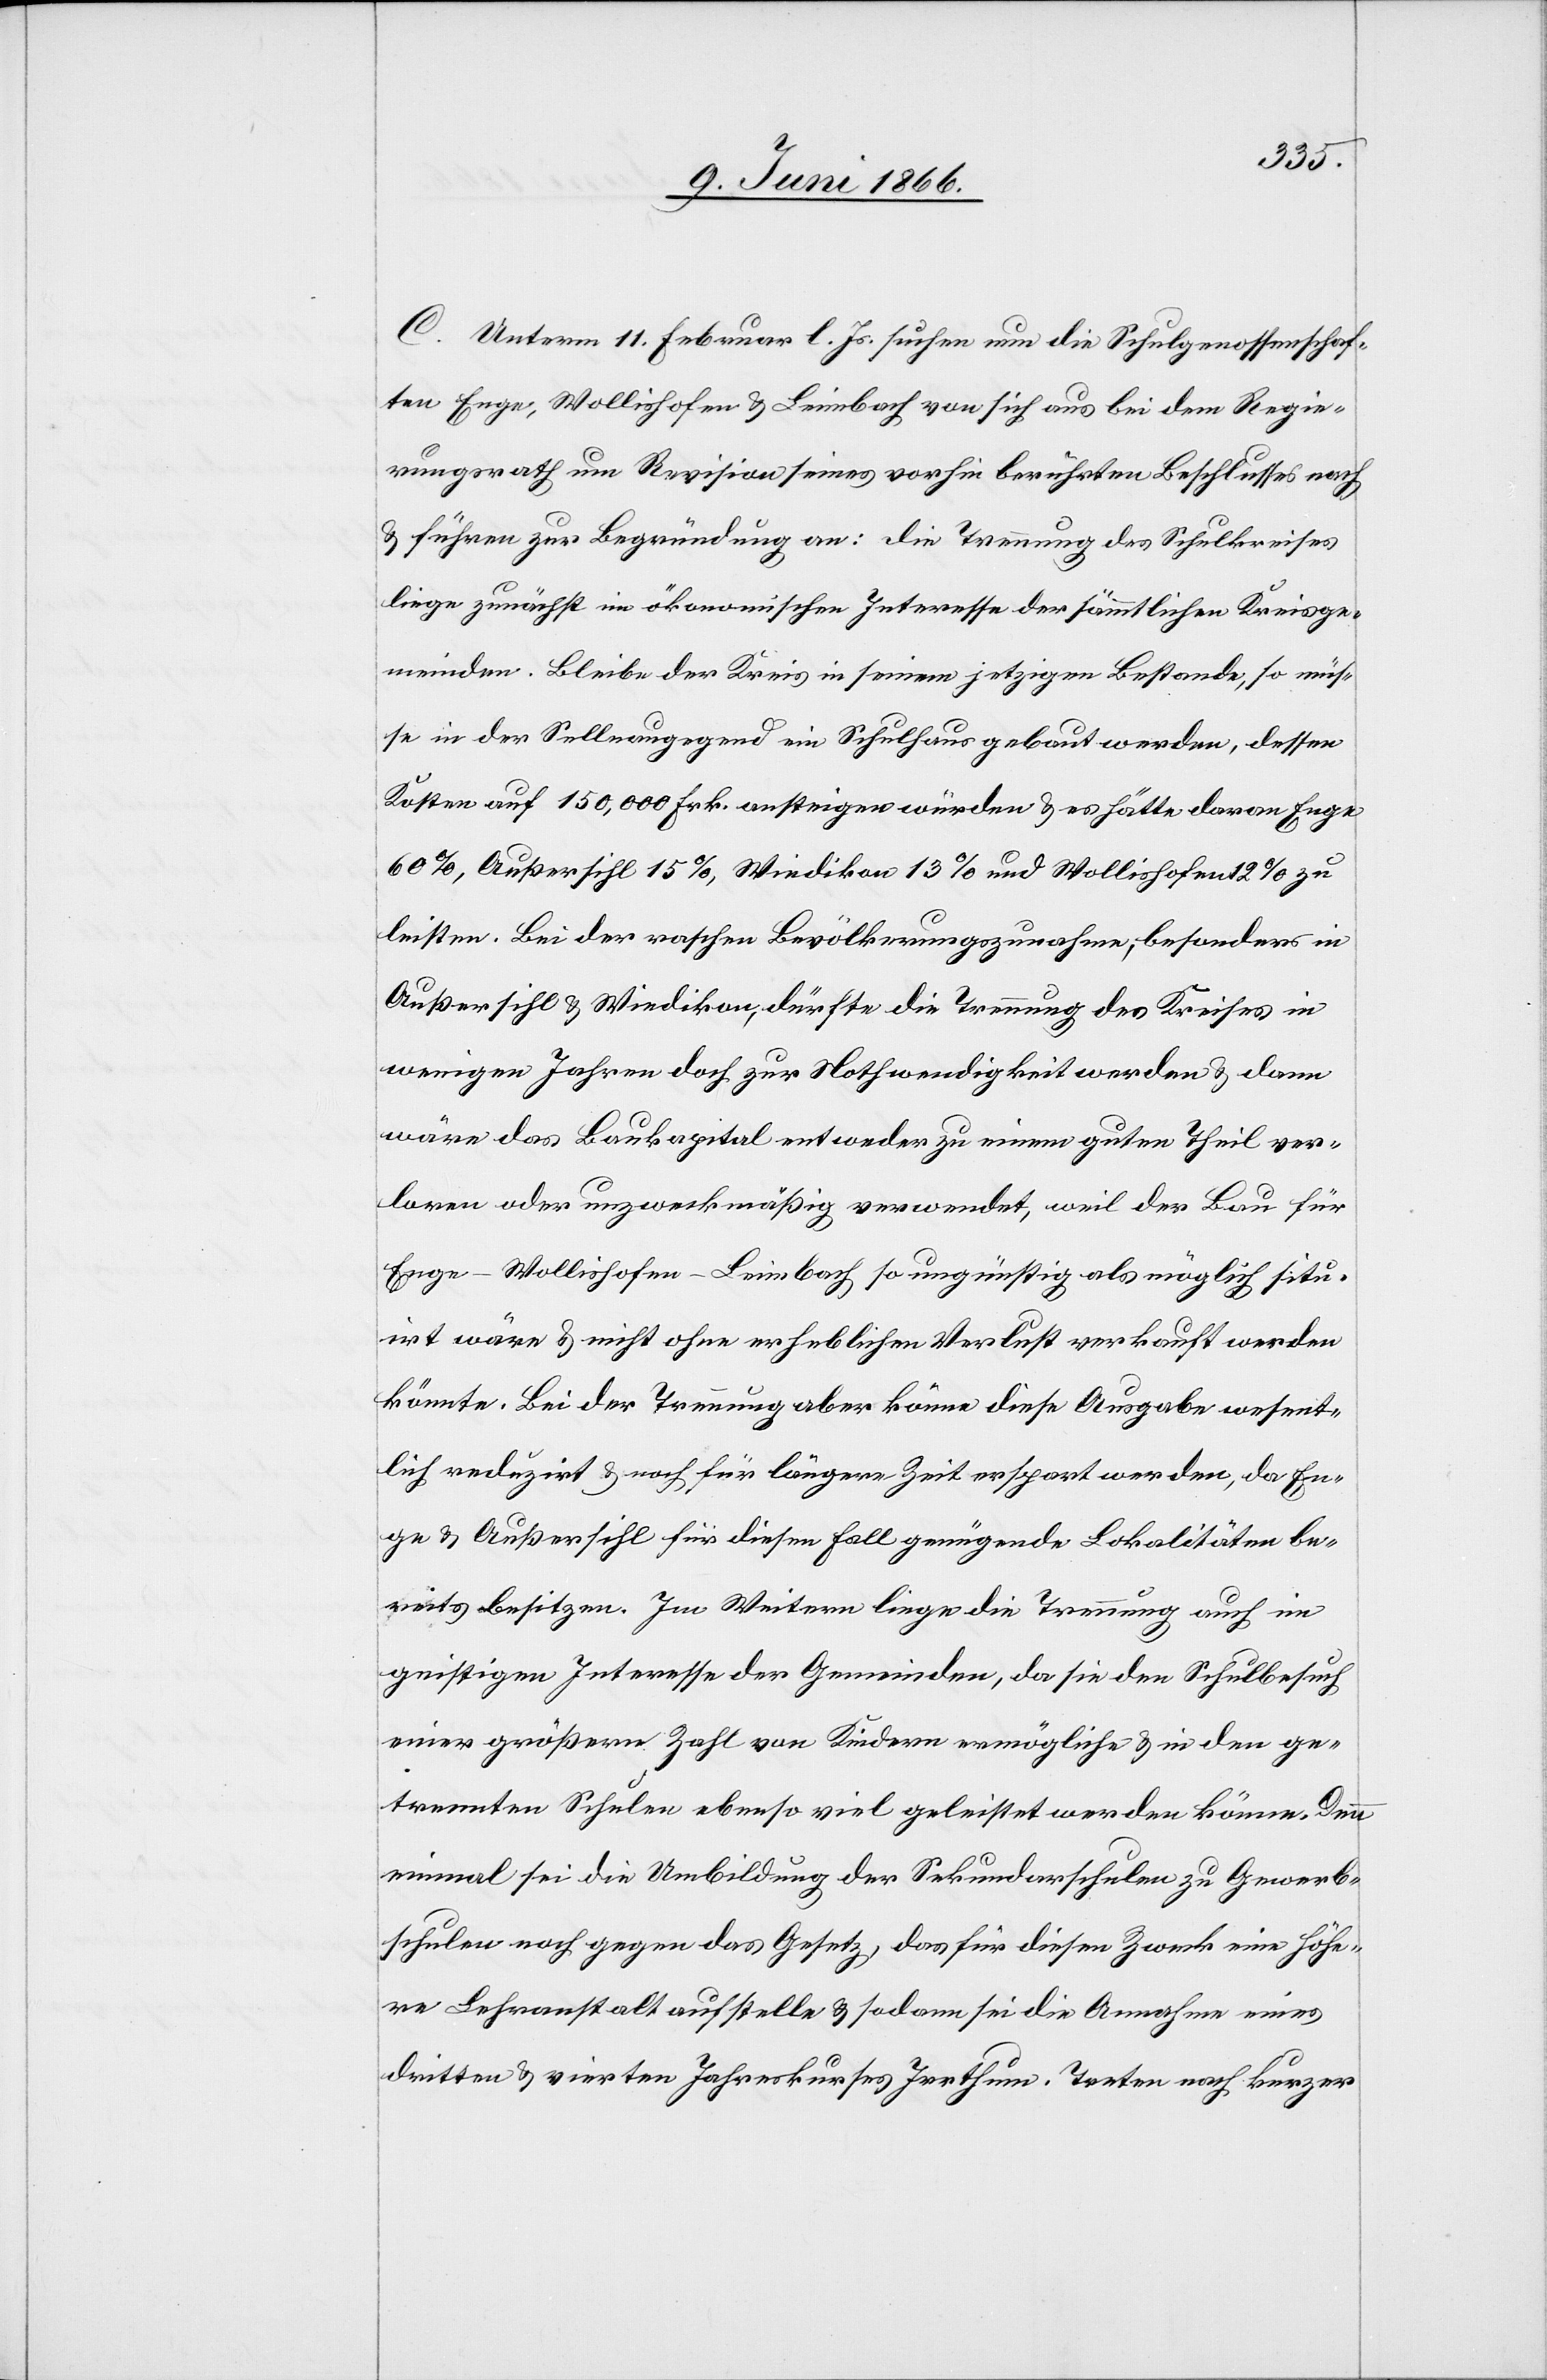
C. Unterm 11. Februar l. Js. suchen nun die Schulgenossenschaf¬
ten Enge, Wollishofen u. Leimbach von sich aus bei dem Regie¬
rungsrath um Revision seines vorhin berührten Beschlusses nach
u. führen zur Begründung an: die Trennung des Schulkreises
liege zunächst im ökonomischen Interesse der sämmtlichen Kreisge¬
meinden. Bleibe der Kreis in seinem jetzigen Bestande, so müs¬
se in der Sellnaugegend ein Schulhaus gebaut werden, dessen
Kosten auf 150 000 Frk. ansteigen würden u. es hätte davon Enge
60 %, Außersihl 15 %, Wiedikon 13 % und Wollishofen 12 % zu
leisten. Bei der raschen Bevölkerungszunahme, besonders in
Außersihl u. Wiedikon, dürfte die Trennung des Kreises in
wenigen Jahren doch zur Nothwendigkeit werden u. dann
wäre das Baukapital entweder zu einem guten Theil ver¬
loren oder unzweckmäßig verwendet, weil der Bau für
Enge-Wollishofen-Leimbach so ungünstig als möglich situ¬
irt wäre u. nicht ohne erheblichen Verlust verkauft werden
könnte. Bei der Trennung aber könne diese Ausgabe wesent¬
lich reduzirt u. noch für längere Zeit erspart werden, da En¬
ge u. Außersihl für diesen Fall genügende Lokalitäten be¬
reits besitzen. Im Weitern liege die Trennung auch im
geistigen Interesse der Gemeinden, da sie den Schulbesuch
einer größern Zahl von Kindern ermögliche u. in den ge¬
trennten Schulen ebenso viel geleistet werden könne. Denn
einmal sei die Umbildung der Sekundarschulen zu Gewerb¬
schulen noch gegen das Gesetz, das für diesen Zweck eine höhe¬
re Lehranstalt aufstelle u. sodann sei die Annahme eines
dritten u. vierten Jahreskurses Irrthum. Treten nach kurzer